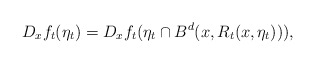
\begin{align*}D_xf_t(\eta_t) = D_xf_t(\eta_t\cap B^d(x,R_t(x,\eta_t)) ),\end{align*}